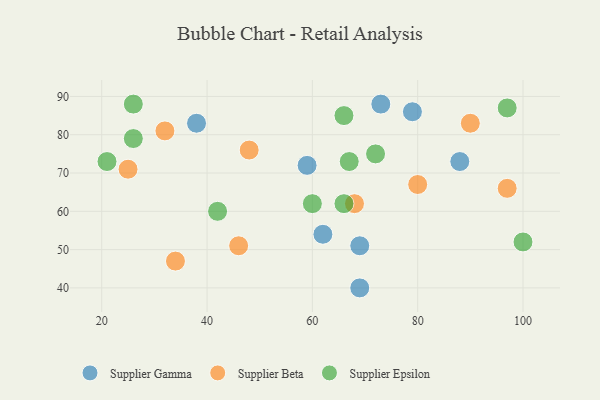
{"axis": {"x": "GDP", "y": "Life Expectancy"}, "legend": ["Supplier Beta", "Supplier Epsilon", "Supplier Gamma"], "data": [{"x": "79", "y": 86, "type": "Supplier Gamma"}, {"x": "38", "y": 83, "type": "Supplier Gamma"}, {"x": "59", "y": 72, "type": "Supplier Gamma"}, {"x": "69", "y": 40, "type": "Supplier Gamma"}, {"x": "73", "y": 88, "type": "Supplier Gamma"}, {"x": "62", "y": 54, "type": "Supplier Gamma"}, {"x": "88", "y": 73, "type": "Supplier Gamma"}, {"x": "69", "y": 51, "type": "Supplier Gamma"}, {"x": "48", "y": 76, "type": "Supplier Beta"}, {"x": "90", "y": 83, "type": "Supplier Beta"}, {"x": "34", "y": 47, "type": "Supplier Beta"}, {"x": "32", "y": 81, "type": "Supplier Beta"}, {"x": "80", "y": 67, "type": "Supplier Beta"}, {"x": "25", "y": 71, "type": "Supplier Beta"}, {"x": "68", "y": 62, "type": "Supplier Beta"}, {"x": "46", "y": 51, "type": "Supplier Beta"}, {"x": "97", "y": 66, "type": "Supplier Beta"}, {"x": "42", "y": 60, "type": "Supplier Epsilon"}, {"x": "97", "y": 87, "type": "Supplier Epsilon"}, {"x": "26", "y": 88, "type": "Supplier Epsilon"}, {"x": "26", "y": 79, "type": "Supplier Epsilon"}, {"x": "66", "y": 85, "type": "Supplier Epsilon"}, {"x": "60", "y": 62, "type": "Supplier Epsilon"}, {"x": "21", "y": 73, "type": "Supplier Epsilon"}, {"x": "100", "y": 52, "type": "Supplier Epsilon"}, {"x": "67", "y": 73, "type": "Supplier Epsilon"}, {"x": "66", "y": 62, "type": "Supplier Epsilon"}, {"x": "72", "y": 75, "type": "Supplier Epsilon"}]}